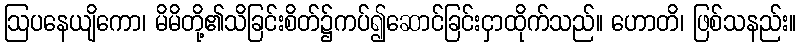
ဩပနေယျိကော၊ မိမိတို့၏သိခြင်းစိတ်၌ကပ်၍ဆောင်ခြင်းငှာထိုက်သည်။ ဟောတိ၊ ဖြစ်သနည်း။